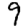
Digit: 9